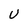
Character: U